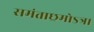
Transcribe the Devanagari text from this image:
समंताछ्रमोऽत्र।